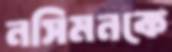
নসিমনকে